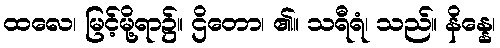
ထလေ၊ မြင့်မို့ရာ၌။ ဌိတော၊ ၏။ သရီရံ၊ သည်။ နိန္နေ၊